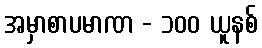
အမှာစာပမာဏ - ၁၀၀ ယူနစ်